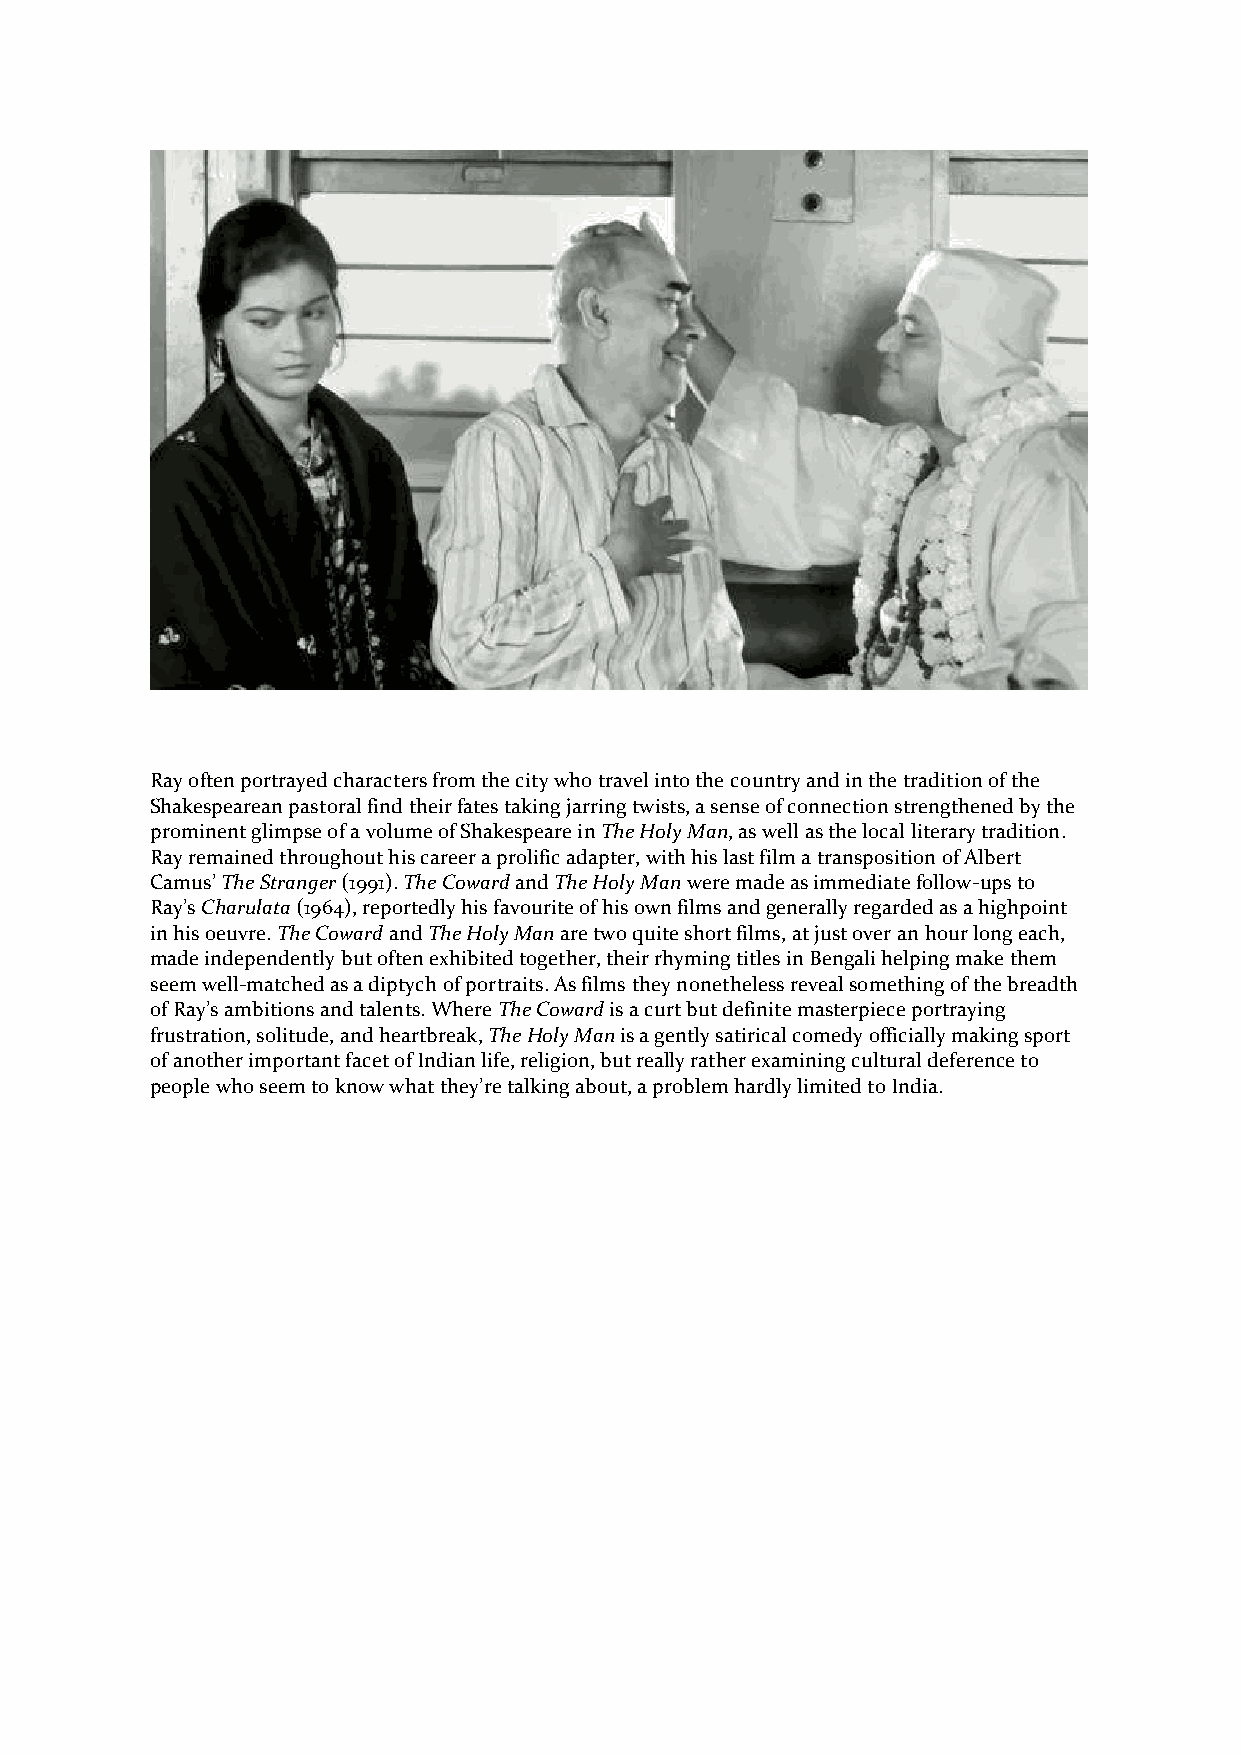
Ray often portrayed characters from the city who travel into the country and in the tradition of the
 Shakespearean pastoral find their fates taking jarring twists, a sense of connection strengthened by the
 prominent glimpse of a volume of Shakespeare in The Holy Man, as well as the local literary tradition.
 Ray remained throughout his career a prolific adapter, with his last film a transposition of Albert
 Camus’ The Stranger (1991). The Coward and The Holy Man were made as immediate follow-ups to
 Ray’s Charulata (1964), reportedly his favourite of his own films and generally regarded as a highpoint
 in his oeuvre. The Coward and The Holy Man are two quite short films, at just over an hour long each,
 made independently but often exhibited together, their rhyming titles in Bengali helping make them
 seem well-matched as a diptych of portraits. As films they nonetheless reveal something of the breadth
 of Ray’s ambitions and talents. Where The Coward is a curt but definite masterpiece portraying
 frustration, solitude, and heartbreak, The Holy Man is a gently satirical comedy officially making sport
 of another important facet of Indian life, religion, but really rather examining cultural deference to
 people who seem to know what they’re talking about, a problem hardly limited to India.